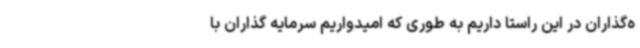
ه‌گذاران در این راستا داریم به طوری که امیدواریم سرمایه گذاران با